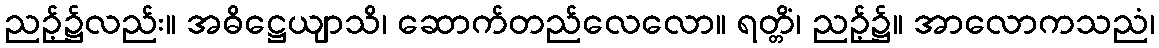
ညဉ့်၌လည်း။ အဓိဋ္ဌေယျာသိ၊ ဆောက်တည်လေလော။ ရတ္တိံ၊ ညဉ့်၌။ အာလောကသညံ၊